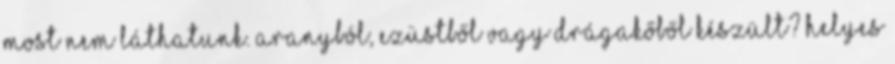
most nem láthatunk. Aranyból, ezüstből vagy drágakőből készült? Helyes